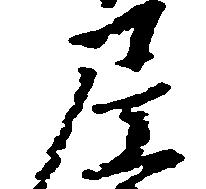
尼